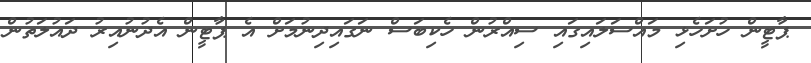
ޕާޓީން ހުށަހެޅި މައްސަލައިގައި ސިއްރުން ހެކިބަސް ނަގައިދިނުމަށް އެ ޕާޓީން އެދުނުއިރު ދައުލަތުން